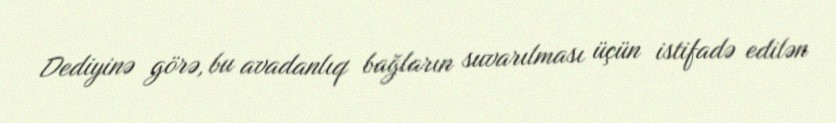
Dediyinə görə, bu avadanlıq bağların suvarılması üçün istifadə edilən